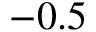
- 0 . 5